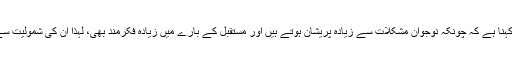
ایتتھنز یونیورسٹی کے سیاسی ماہر کوسٹاس انفانٹس کا کہنا ہے کہ چونکہ نوجوان مشکلات سے زیادہ پریشان ہوتے ہیں اور مستقبل کے بارے میں زیادہ فکرمند بھی، لہذا ان کی شمولیت سے ہڑتالیں اور احتجاج زیادہ خطرناک ثابت ہوسکتے ہیں۔